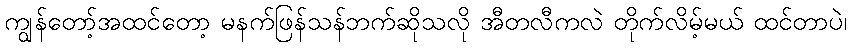
ကျွန်တော့်အထင်တော့ မနက်ဖြန်သန်ဘက်ဆိုသလို အီတလီကလဲ တိုက်လိမ့်မယ် ထင်တာပဲ၊